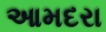
આમદરા